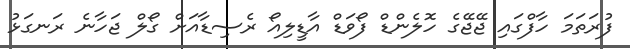
ފުރަތަމަ ހާފްގައި ޖޭޖޭގެ ހޮލެންޑް ފޯވަޑް އާޑީލިއޯ ރެސިޑާއަށް ގޯލް ޖަހާނެ ރަނގަޅު